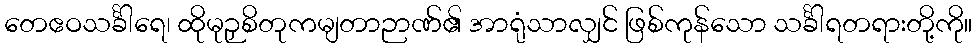
တေဧဝသင်္ခါရေ၊ ထိုမုဉှစိတုကမျတာဉာဏ်၏ အာရုံသာလျှင် ဖြစ်ကုန်သော သင်္ခါရတရားတို့ကို။